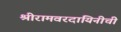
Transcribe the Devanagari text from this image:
श्रीरामवरदायिनीची